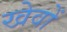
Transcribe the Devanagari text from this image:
खेवों